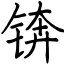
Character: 锛